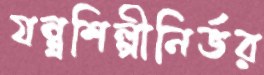
যন্ত্রশিল্পীনির্ভর